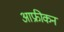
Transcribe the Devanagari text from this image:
आफ्रीकन